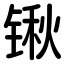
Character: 锹